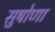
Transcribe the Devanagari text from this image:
सुषोणा